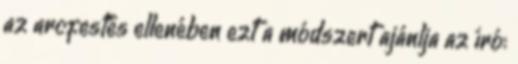
az arcfestés ellenében ezt a módszert ajánlja az író: